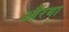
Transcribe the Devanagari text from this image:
औरया